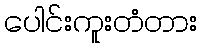
ပေါင်းကူးတံတား